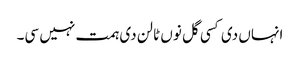
انہاں دی کسی گل نوں ٹالن دی ہمت نہیں سی۔